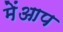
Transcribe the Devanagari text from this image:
मेंआप